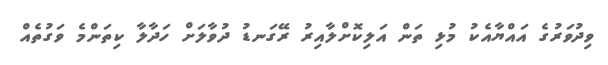
ވިދުވަރުގެ އައްޔާއެކު މުޅި ތަން އަލިކޮށްލާއިރު ރޭގަނޑު ދުވާލަށް ހަދާލާ ކިތަންމެ ވަގުތެއް